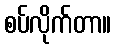
စပ်လိုက်တာ။